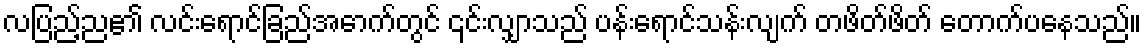
လပြည့်ည၏ လင်းရောင်ခြည်အောက်တွင် ၎င်းလျှာသည် ပန်းရောင်သန်းလျက် တဖိတ်ဖိတ် တောက်ပနေသည်။